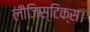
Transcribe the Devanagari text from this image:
लौजिस्टिक्स।